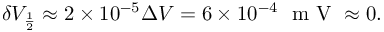
\begin{array} { r } { \delta V _ { \frac { 1 } { 2 } } \approx 2 \times 1 0 ^ { - 5 } \Delta V = 6 \times 1 0 ^ { - 4 } ~ \mathrm { ~ m ~ V ~ } \approx 0 . } \end{array}